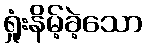
ရှုံးနိမ့်ခဲ့သော